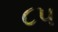
૮૫